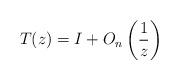
LaTeX: \begin{gather*}T(z) = I + O_n\left(\frac{1}{z}\right) \end{gather*}